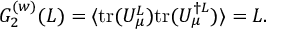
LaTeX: G _ { 2 } ^ { ( w ) } ( L ) = \langle \mathrm { t r } ( U _ { \mu } ^ { L } ) \mathrm { t r } ( U _ { \mu } ^ { \dag L } ) \rangle = L .